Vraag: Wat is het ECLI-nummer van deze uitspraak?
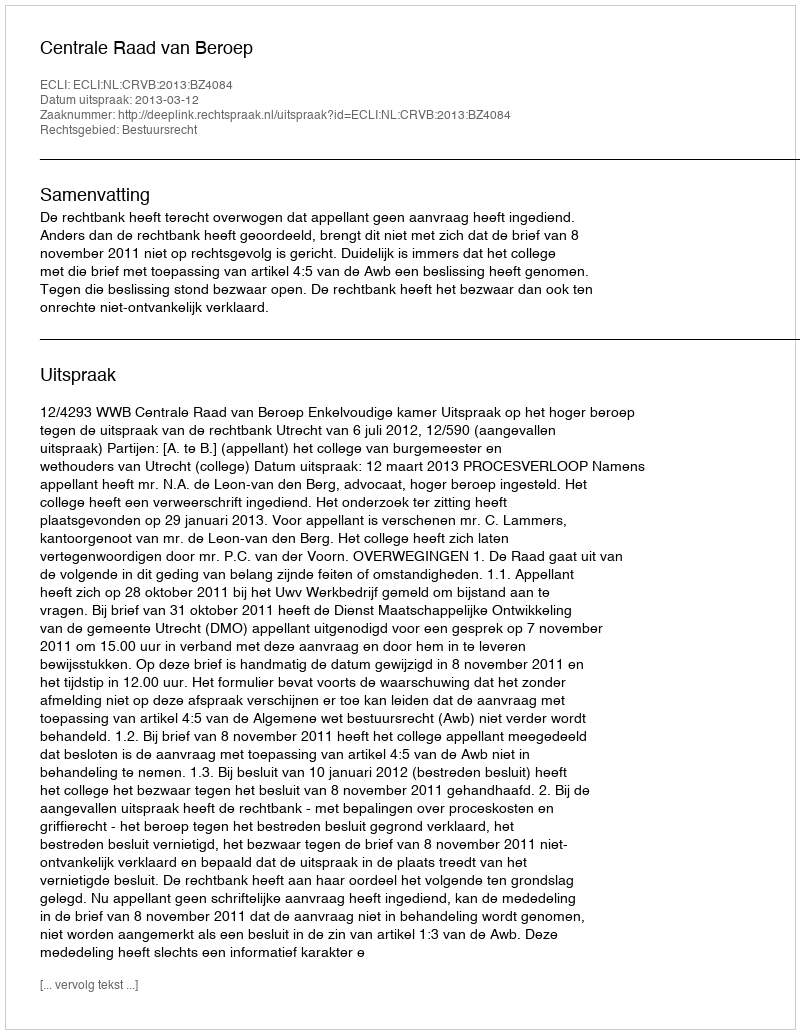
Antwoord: ECLI:NL:CRVB:2013:BZ4084